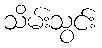
သိမ်းသွင်း